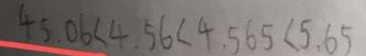
4 5 . 0 6 < 4 . 5 6 < 4 . 5 6 5 < 5 . 6 5